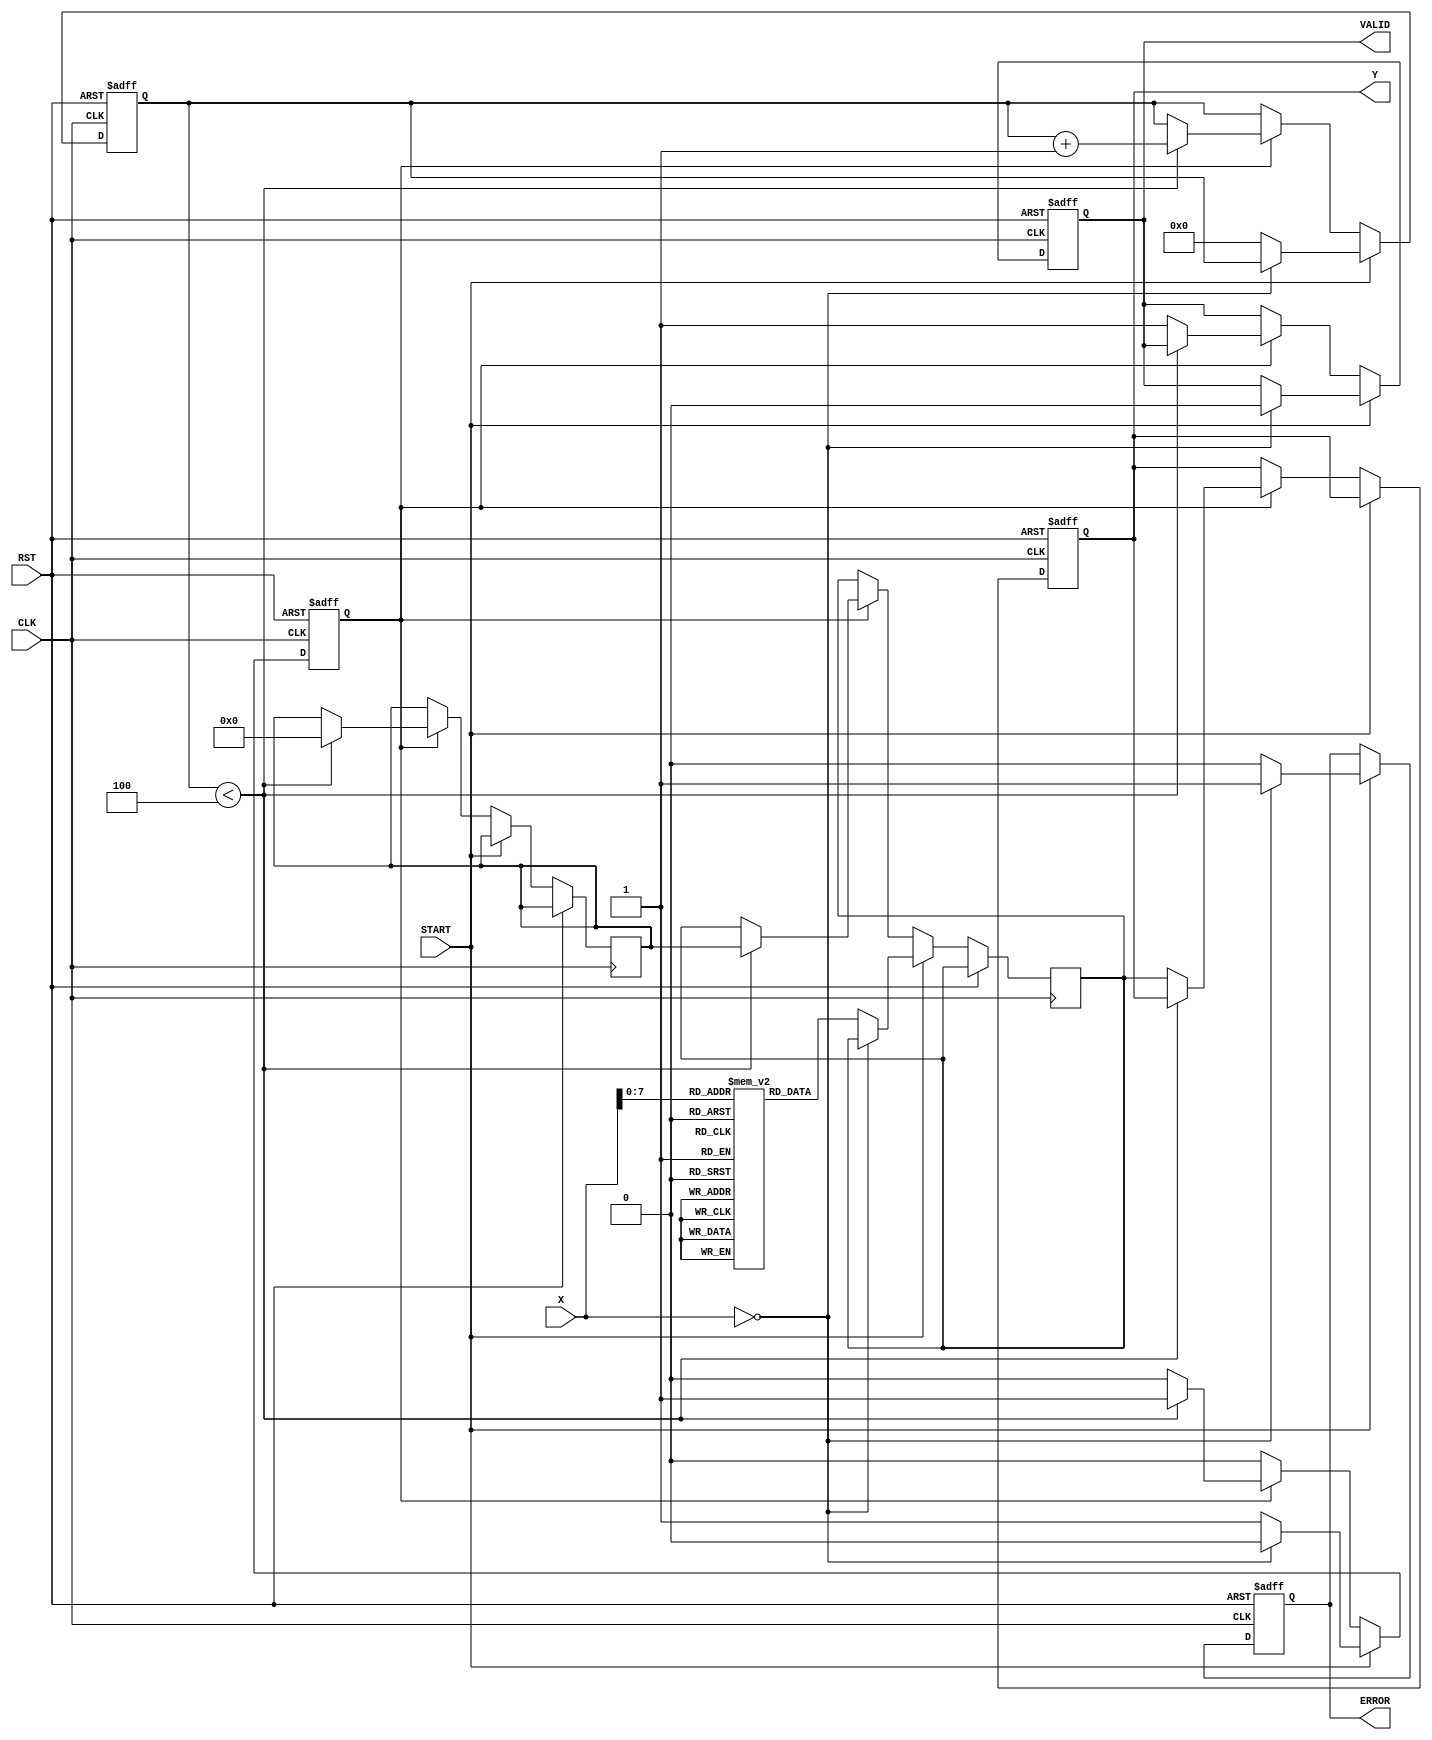
module ReciprocalUnit #(
    parameter N = 32, // Width of input and output
    parameter ITERATIONS = 4 // Number of Newton-Raphson iterations
)(
    input  wire [N-1:0] X,      // Input data
    input  wire START,           // Control signal to start computation
    input  wire RST,             // Asynchronous reset
    input  wire CLK,             // Clock signal
    output reg  [N-1:0] Y,       // Reciprocal result
    output reg  VALID,           // Output valid signal
    output reg  ERROR            // Error signal (division by zero)
);

    reg [N-1:0] x_reg;           // Registered input
    reg [N-1:0] approx;          // Current approximation
    reg [N-1:0] next_approx;     // Next approximation
    reg [3:0] count;             // Iteration counter
    reg computing;                // Flag for computing state

    // Lookup table for initial guesses (simplified for demonstration)
    reg [N-1:0] lut [0:255]; // LUT for initial guesses
    initial begin
        // Populate LUT with reciprocal approximations for some values
        // This is just an example; it needs to be filled with actual values
        lut[0] = 32'hFFFFFFFF; // Error case for 0
        lut[1] = 32'h80000000; // Approx for 1
        lut[2] = 32'h40000000; // Approx for 0.5
        // Add more entries as needed...
    end

    // Asynchronous reset and input latching
    always @(posedge CLK or posedge RST) begin
        if (RST) begin
            Y <= 0;
            VALID <= 0;
            ERROR <= 0;
            computing <= 0;
            count <= 0;
        end else if (START) begin
            if (X == 0) begin
                ERROR <= 1; // Division by zero
                VALID <= 0;
                computing <= 0;
            end else begin
                ERROR <= 0;
                x_reg <= X; // Latch the input
                approx <= lut[X[7:0]]; // Initial guess from LUT
                count <= 0;
                computing <= 1;
            end
        end else if (computing) begin
            // Newton-Raphson iteration
            if (count < ITERATIONS) begin
                next_approx <= approx * (2**N - (x_reg * approx)) >> N; // Update approximation
                approx <= next_approx;
                count <= count + 1;
            end else begin
                Y <= approx; // Final result
                VALID <= 1; // Indicate valid output
                computing <= 0; // End computation
            end
        end
    end

endmodule